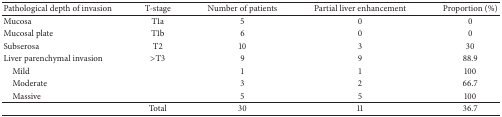
| Pathological depth of invasion | T-stage | Number of patients | Partial liver enhancement | Proportion (%) |
 | --- | --- | --- | --- | --- |
 | Mucosa | T1a | 5 | 0 | 0 |
 | Mucosal plate | T1b | 6 | 0 | 0 |
 | Subserosa | T2 | 10 | 3 | 30 |
 | Liver parenchymal invasion | >T3 | 9 | 9 | 88.9 |
 | Mild |  | 1 | 1 | 100 |
 | Moderate |  | 3 | 2 | 66.7 |
 | Massive |  | 5 | 5 | 100 |
 |  | Total | 30 | 11 | 36.7 |